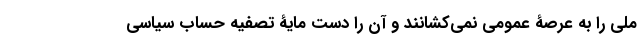
ملی را به عرصۀ عمومی نمی‌کشانند و آن را دست مایۀ تصفیه حساب سیاسی